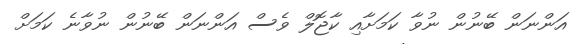
އަންނަން ބޭނުން ނުވާ ކަމަށާއި ކާޖޮލް ވެސް އަންނަން ބޭނުން ނުވާނެ ކަމަށް